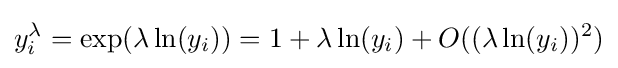
y_{i}^{\lambda }=\exp({\lambda \ln(y_{i})})=1+\lambda \ln(y_{i})+O((\lambda \ln(y_{i}))^{2})